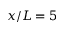
x / L = 5